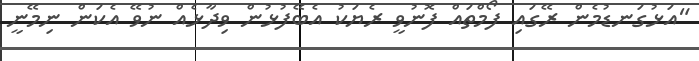
"އަޅުގަނޑުމެން ރޭގައި ފޯމްތައް ފޮނުވީ ރެޔަކު އެބޭފުޅުން ވިދާޅެއް ނުވޭ އެކަން ނިމޭނީ